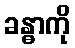
ခန္ဓာကို